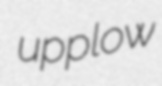
upplow